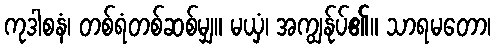
ကုဒါစနံ၊ တစ်ရံတစ်ဆစ်မျှ။ မယှံ၊ အကျွန်ုပ်၏။ သာရမတော၊